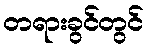
တရားခွင်တွင်